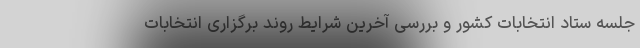
جلسه ستاد انتخابات کشور و بررسی آخرین شرایط روند برگزاری انتخابات